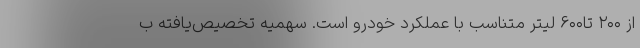
از ۲۰۰ تا۶۰۰ لیتر متناسب با عملکرد خودرو است. سهمیه تخصیص‌یافته ب